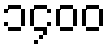
၁၄၀၀